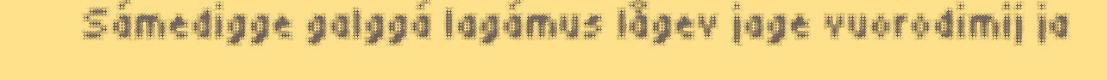
Sámedigge galggá lagámus lågev jage vuorodimij ja